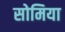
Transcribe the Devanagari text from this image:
सोमिया